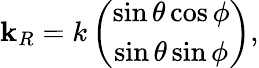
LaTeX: \begin{array}{r}{\mathbf{k}_{R}=k\left(\begin{array}{c}{\sin\theta\cos\phi}\\ {\sin\theta\sin\phi}\end{array}\right),}\end{array}